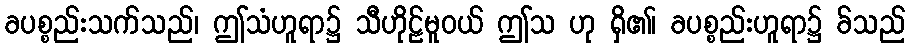
ခပစ္စည်းသက်သည်၊ ဤသံဟူရာ၌ သီဟိုဠ်မူဝယ် ဤသ ဟု ရှိ၏၊ ခပစ္စည်းဟူရာ၌ ခ်သည်